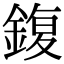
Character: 鍑